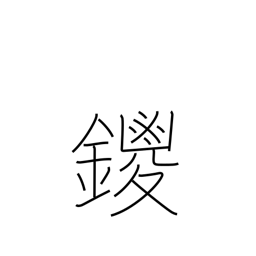
Meaning: name